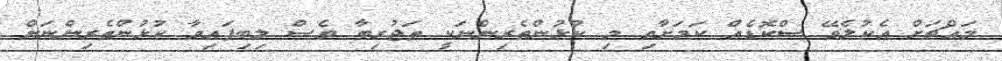
މައްޗަށް އެކުލެވޭ ސްކޮޑެއް ކަމަށާއި މި ކުޅުންތެރިންނަކީ ތަޖުރިބާ ވެސް ލިބިފައިވާ ކުޅުންތެރިންނަށް